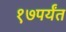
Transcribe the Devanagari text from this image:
१७पर्यंत